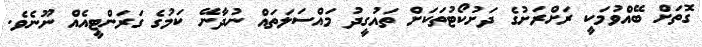
ގޮތަށް ބޭއްވުމަކީ ރަށްރަށުގެ ދަށުކޯޓުތަކަށް ތައުގީދު މައްސަލަތައް ނުދާނޭ ކަމުގެ ގަރަންޓީއެއް ނޫނެވެ.